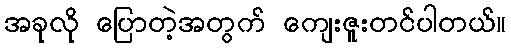
အခုလို ပြောတဲ့အတွက် ကျေးဇူးတင်ပါတယ်။